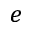
e